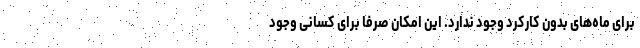
برای ماه‌های بدون کارکرد وجود ندارد. این امکان صرفاً برای کسانی وجود